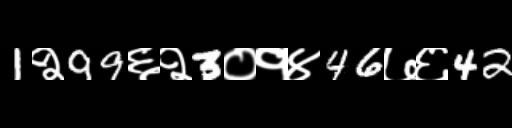
Text: 1२99६२3०१४46७६42